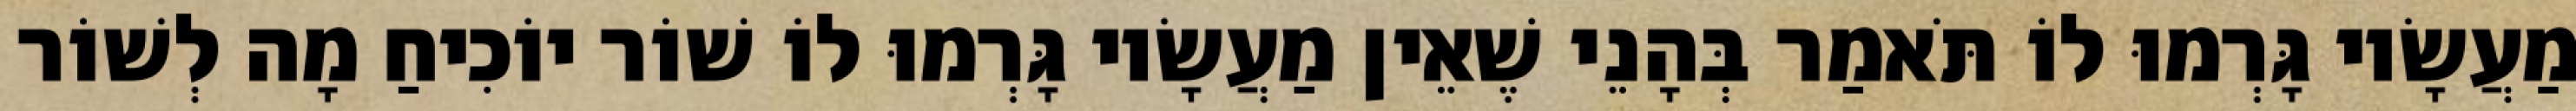
מַעֲשָׂיו גָּרְמוּ לוֹ תֹּאמַר בְּהָנֵי שֶׁאֵין מַעֲשָׂיו גָּרְמוּ לוֹ שׁוֹר יוֹכִיחַ מָה לְשׁוֹר